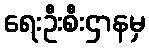
ရေးဦးစီးဌာနမှ